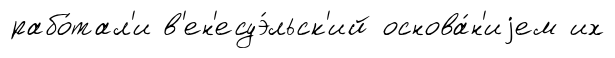
рабо́тал'и в'ен'есуэ́льск'ий основа́н'иjем их